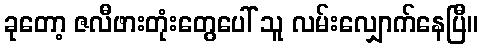
ခုတော့ ဇလီဖားတုံးတွေပေါ် သူ လမ်းလျှောက်နေပြီ။